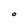
Character: O